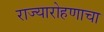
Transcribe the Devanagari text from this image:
राज्यारोहणाचा